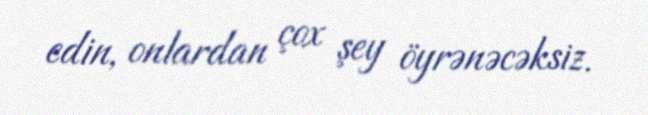
edin, onlardan çox şey öyrənəcəksiz.